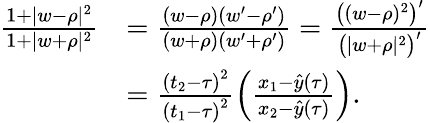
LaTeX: \begin{array}{rl}{\frac{1+|w-\rho|^{2}}{1+|w+\rho|^{2}}}&{=\frac{(w-\rho)(w^{\prime}-\rho^{\prime})}{(w+\rho)(w^{\prime}+\rho^{\prime})}=\frac{\big((w-\rho)^{2}\big)^{\prime}}{\big(|w+\rho|^{2}\big)^{\prime}}}\\ &{=\frac{\left(t_{2}-{\tau}\right)^{2}}{\left(t_{1}-{\tau}\right)^{2}}\left(\frac{x_{1}-\hat{y}(\tau)}{x_{2}-\hat{y}(\tau)}\right).}\end{array}